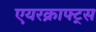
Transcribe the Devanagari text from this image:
एयरक्राफ्ट्स